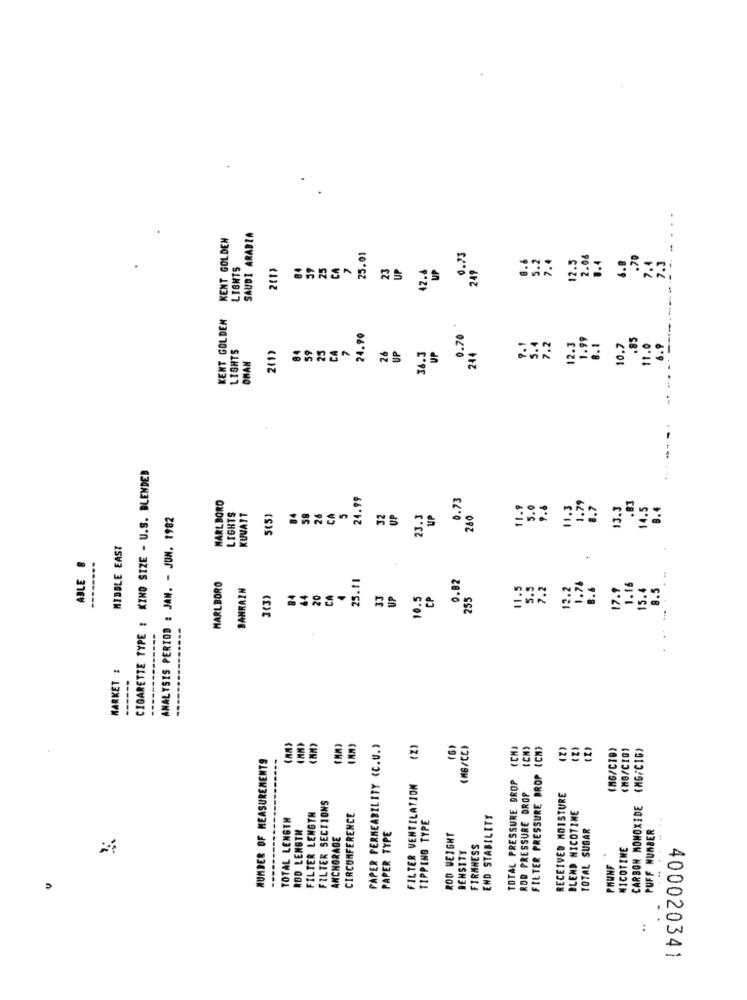
KENT GOLDEN
SAUDI ARABIA
25.01
0.23
1.6
6.2
7.4
2.06
1.4
6.8
.70
7.4
7. 3
LIGHTS
2(1)
84
39
25
CA
23
UP
12.4
249
12.3
KENT GOLDEN
24.90
0.70
1.99
.85
-
LIGHTS
84
59
25
CA
2
26
UP
9.1
5.4
7.2
12.3
8.1
10.7
1.0
6.9
OMAN
36.3
UP
244
CIGARETTE TYPE : KINO SIZE - U.S. BLENDED
MARLBORO
24.99
0.73
5. 0
11.3
1. 79
0.7
13.3
.83
14.5
0.4
ANALYSIS PERIOD : JAN. - JUN. 1982
LIGHTS
KUVATT
5(5)
84
26
CA
5
32
UP
23.3
UP
260
MIDDLE EAST
ABLE B
--------
25.11
0.82
MARLBORO
BANRAIN
1.5
7.2
2.2
1.76
8.6
17.9
1.16
15.4
8.5
3(3)
84
44
20
CA
33
UP
10.5
CP
255
MARKET :
---
PAPER PERMEABILITY <C.U.)
(Z)
(6)
(MB/CE)
FILTER PRESSURE DROP (CH)
(2)
(MG/CI9)
(MB/C10)
(MG/C16)
NUMBER OF MEASUREMENTS
TOTAL PRESSURE DROP
FILTER VENTILATION
ROD PRESSURE DROP
FILTER SECTIONS
RECEIVED MOISTURE
BLEND NICOTINE
CARBON MONOXIDE
TOTAL LENGTH
FILTER LENGTH
CIRCUMFERENCE
TIPPING TYPE
END STABILITY
ROD LENGTH
TOTAL SUBAR
PUFF NUMBER
ANCHORAGE
PAPER TYPE
ROD WEIGHT
DENSITY
FIRMNESS
NICOTINE
PHUNF
400020341